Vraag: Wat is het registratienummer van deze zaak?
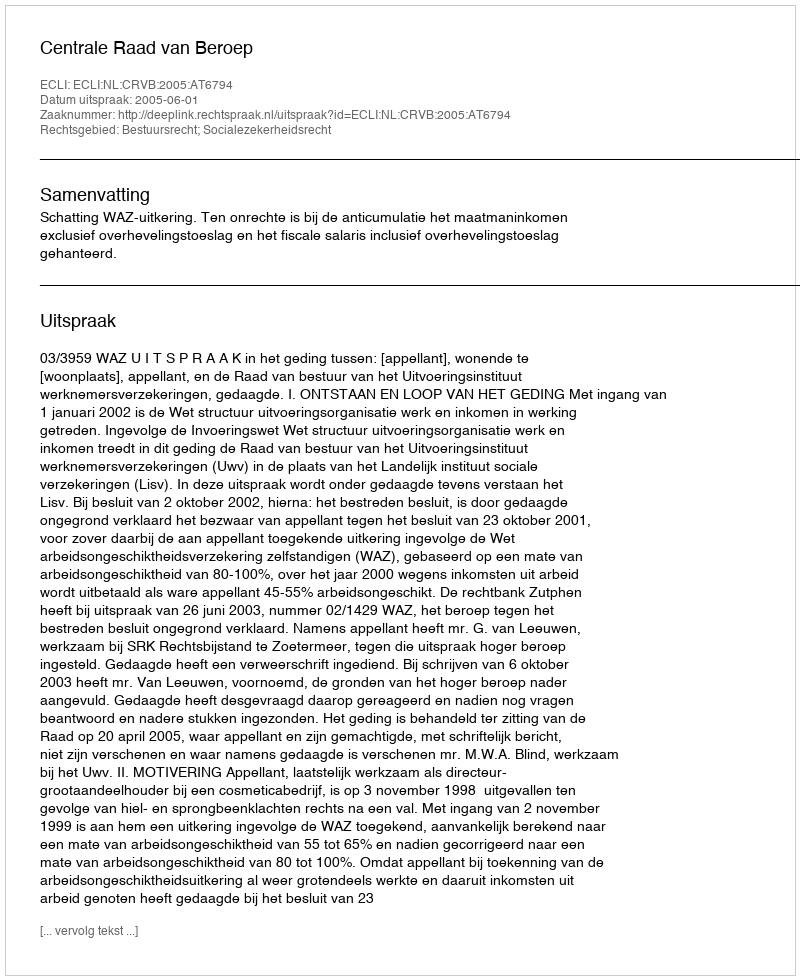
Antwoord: http://deeplink.rechtspraak.nl/uitspraak?id=ECLI:NL:CRVB:2005:AT6794